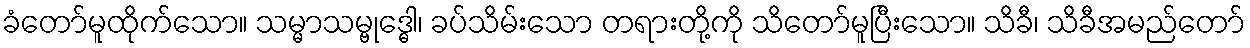
ခံတော်မူထိုက်သော။ သမ္မာသမ္ဗုဒ္ဓေါ၊ ခပ်သိမ်းသော တရားတို့ကို သိတော်မူပြီးသော။ သိခီ၊ သိခီအမည်တော်